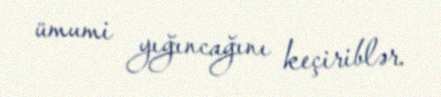
ümumi yığıncağını keçiriblər.